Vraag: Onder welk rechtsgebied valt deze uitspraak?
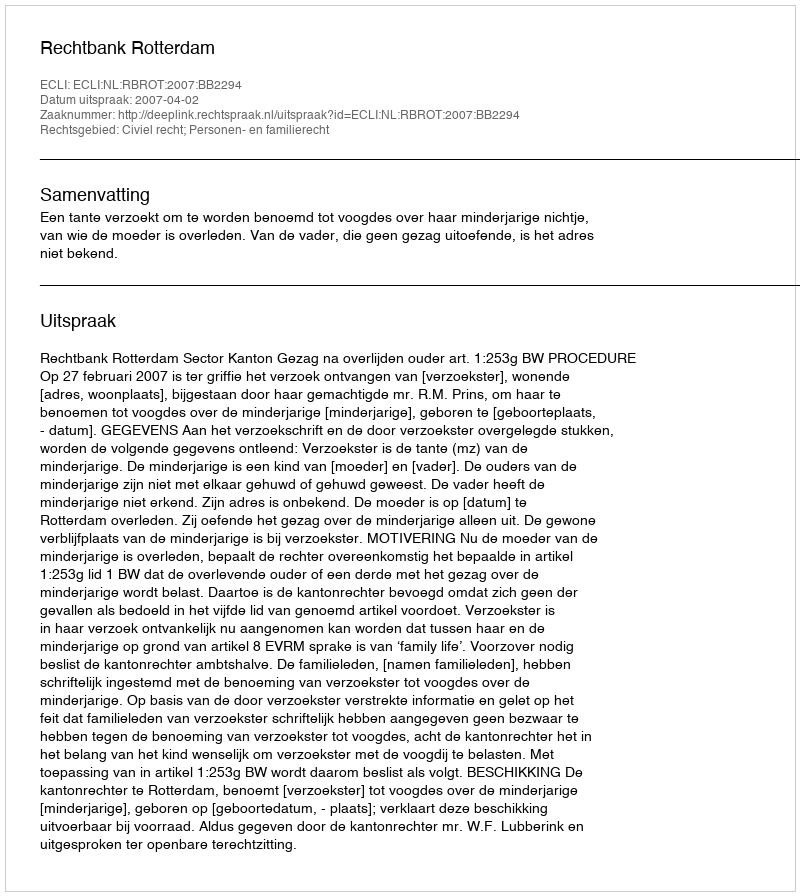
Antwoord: Civiel recht; Personen- en familierecht